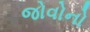
જોવોનો